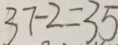
3 7 - 2 = 3 5